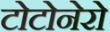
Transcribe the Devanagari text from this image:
टोटोनेरो